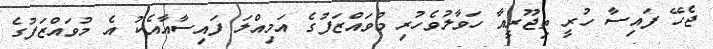
ޖެހޭ ފައިސާ ހުރީ ތިޖޫރީއާ ހަވާލުވެހުރި މުވައްޒަފުގެ އަމިއްލަ ފައިސާއާއެކު އެ މުވައްޒަފުގެ